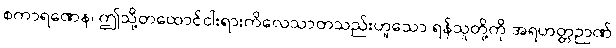
စကာရဏေန၊ ဤသို့တထောင်ငါးရားကိလေသာတသည်းဟူသော ရန်သူတို့ကို အရဟတ္တဉာဏ်